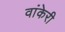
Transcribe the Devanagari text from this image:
वांकेरी